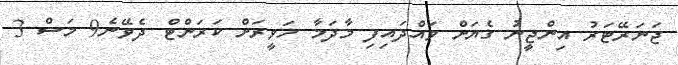
ޖަނަރޭޓަރު އިންޖީނު ގެޔަށް ވައްދައިފި މާދަމާ ހަވީރަށް ކަރަންޓް ދެވޭނެ9 މަސް 3